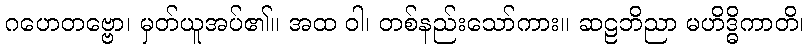
ဂဟေတဗ္ဗော၊ မှတ်ယူအပ်၏။ အထ ဝါ၊ တစ်နည်းသော်ကား။ ဆဠဘိညာ မဟိဒ္ဓိကာတိ၊